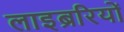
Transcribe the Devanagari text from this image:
लाइब्ररियों